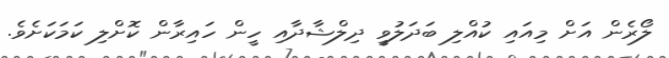
ލޯރެން އަށް މިއައި ކުއްލި ބަދަލުވީ ދިލްޝާދާއި ހީން ހައިރާން ކޮށްލި ކަމަކަށެވެ.